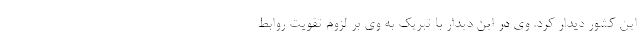
این کشور دیدار کرد. وی در این دیدار با تبریک به وی بر لزوم تقویت روابط